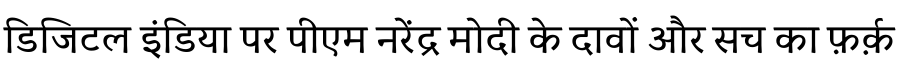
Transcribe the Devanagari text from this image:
डिजिटल इंडिया पर पीएम नरेंद्र मोदी के दावों और सच का फ़र्क़